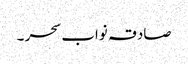
صادقہ نواب سحر ۔